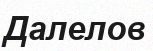
Далелов